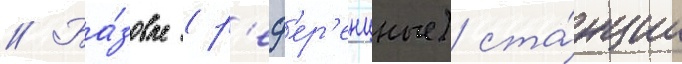
// Ба́зовые (р'еф'ер'енцные) ста́нции